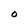
Character: O